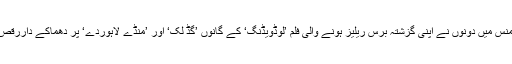
اس پرفارمنس میں دونوں نے اپنی گزشتہ برس ریلیز ہونے والی فلم ’لوڈویڈنگ‘ کے گانوں ’گڈ لک‘ اور ’منڈے لاہوردے‘ پر دھماکے داررقص پیش کیا۔